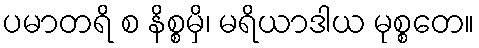
ပမာတရိ စ နိစ္စမှိ၊ မရိယာဒါယ မုစ္စတေ။